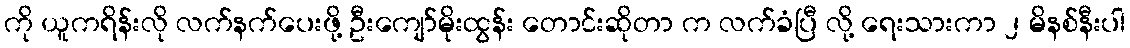
ကို ယူကရိန်းလို လက်နက်ပေးဖို့ ဦးကျော်မိုးထွန်း တောင်းဆိုတာ က လက်ခံပြီ လို့ ရေးသားကာ ၂ မိနစ်နီးပါ